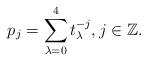
LaTeX: \begin{align*}p_j=\sum\limits_{\lambda=0}^4 t_{\lambda}^{-j}, j \in \mathbb{Z}.\end{align*}